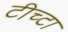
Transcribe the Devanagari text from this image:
टीच्टा